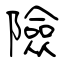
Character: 險